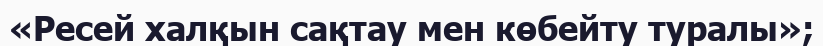
«Ресей халқын сақтау мен көбейту туралы»;